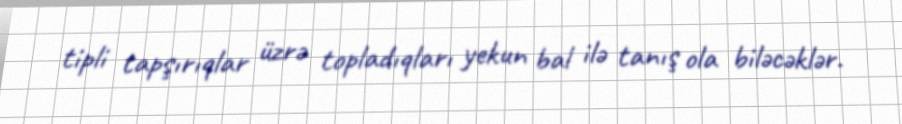
tipli tapşırıqlar üzrə topladıqları yekun bal ilə tanış ola biləcəklər.